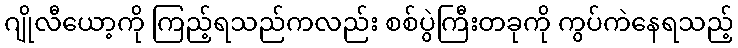
ဂျိုလီယော့ကို ကြည့်ရသည်ကလည်း စစ်ပွဲကြီးတခုကို ကွပ်ကဲနေရသည့်